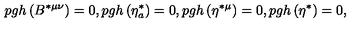
p g h \left( B ^ { * \mu \nu } \right) = 0 , p g h \left( \eta _ { a } ^ { * } \right) = 0 , p g h \left( \eta ^ { * \mu } \right) = 0 , p g h \left( \eta ^ { * } \right) = 0 ,